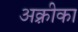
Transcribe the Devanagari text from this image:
अक़्रीका